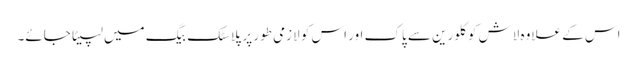
اس کے علاوہ لاش کو کلورین سے پاک اور اس کو لازمی طور پر پلاسٹک بیگ میں لپیٹا جائے۔